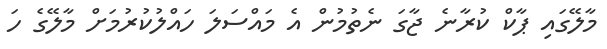
މާލޭގައި ޕާކް ކުރާނެ ޖާގަ ނެތުމުން އެ މައްސަލަ ހައްލުކުރުމަށް މާލޭގެ ހަ